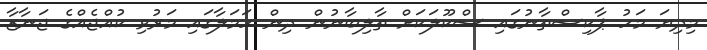
މިދިޔަ މަހު ޕާކިސްތާނުގައި ސްކޫލަކަށް ތާލިބާނުން ދިން ހަމަލާގައި މަރުވި ކުއްޖެއްގެ ޖަނާޒާ